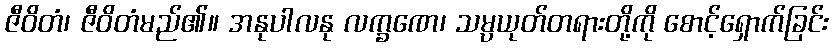
ဇီဝိတံ၊ ဇီဝိတံမည်၏။ အနုပါလနု လက္ခဏေ၊ သမ္ပယုတ်တရားတို့ကို စောင့်ရှောက်ခြင်း